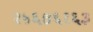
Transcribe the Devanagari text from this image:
२५६७६१६३